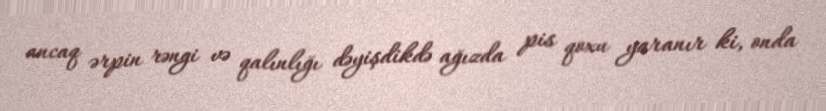
ancaq ərpin rəngi və qalınlığı dəyişdikdə ağızda pis qoxu yaranır ki, onda